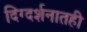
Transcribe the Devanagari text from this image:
दिग्दर्शनातही